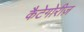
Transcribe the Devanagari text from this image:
कैटेगोरीज़